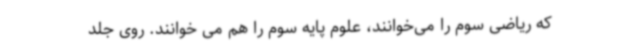
که ریاضی سوم را می‌خوانند، علوم پایه سوم را هم می خوانند. روی جلد